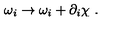
\omega _ { i } \rightarrow \omega _ { i } + \partial _ { i } \chi \ .